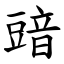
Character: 䜾